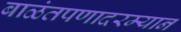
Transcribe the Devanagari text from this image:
बाळंतपणादरम्यान